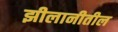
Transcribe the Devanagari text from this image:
झीलानीतील